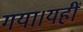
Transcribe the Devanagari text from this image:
गया।यहीं